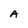
Character: A